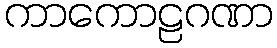
ကာကောဠဂဏာ